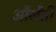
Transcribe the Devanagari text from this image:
औलेंती